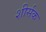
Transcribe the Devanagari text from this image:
शीर्सक